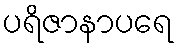
ပရိဇာနာပရေ